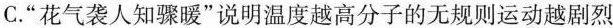
C.“花气袭人知骤暖”说明温度越高分子的无规则运动越剧烈